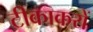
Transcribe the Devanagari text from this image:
टीकाकरों